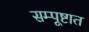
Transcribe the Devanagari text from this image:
सम्पूष्टात